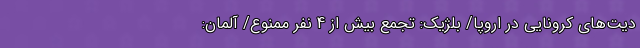
دیت‌های کرونایی در اروپا/ بلژیک: تجمع بیش از 4 نفر ممنوع/ آلمان: